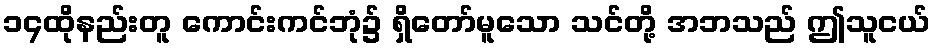
၁၄ထိုနည်းတူ ကောင်းကင်ဘုံ၌ ရှိတော်မူသော သင်တို့ အဘသည် ဤသူငယ်